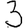
Digit: 3